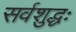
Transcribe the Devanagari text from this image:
सर्वशुद्धः